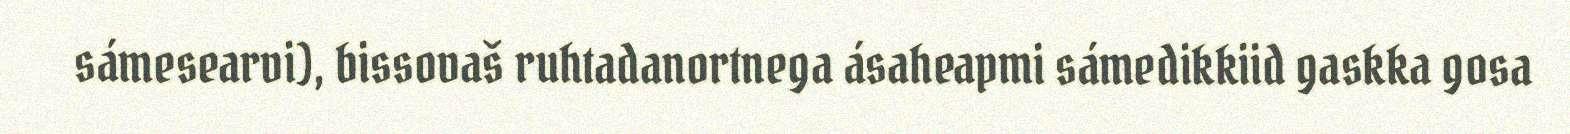
sámesearvi), bissovaš ruhtadanortnega ásaheapmi sámedikkiid gaskka gosa